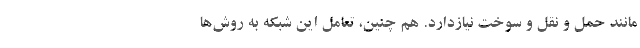
مانند حمل و نقل و سوخت نیازدارد. هم چنین، تعاملِ این شبکه به روش­ها